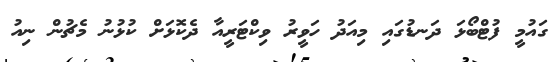
ގައުމީ ފުޓްބޯޅަ ދަނޑުގައި މިއަދު ހަވީރު ވިކްޓަރީއާ ދެކޮޅަށް ކުޅުނު މެޗުން ނިއު